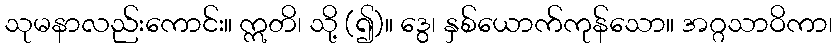
သုမနာလည်းကောင်း။ ဣတိ၊ သို့ (၍)။ ဒွေ၊ နှစ်ယောက်ကုန်သော။ အဂ္ဂသာဝိကာ၊